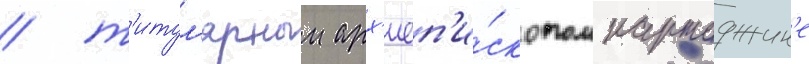
/ т'итул'ярным арх'иеп'и́скопом картаджин'е